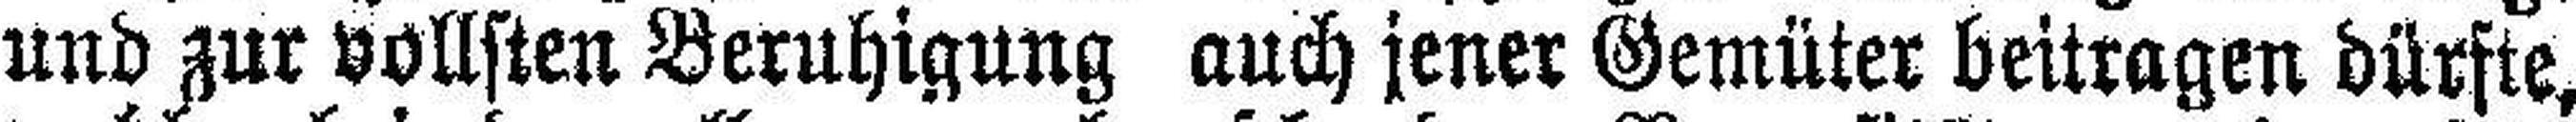
und zur vollsten Beruhigung auch jener Gemüter beitragen dürfte,